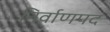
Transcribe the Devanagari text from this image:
निर्वाणपद